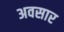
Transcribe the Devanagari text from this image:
अवसार